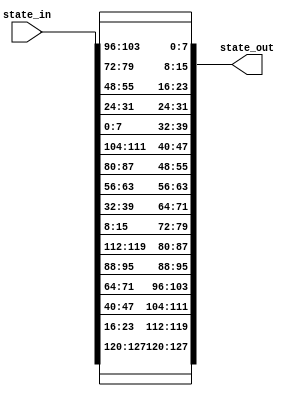
module InvShiftRows(input  [0:127] state_in ,  output  [0:127] state_out );

//first row
assign state_out[0:7] = state_in[0:7];
assign state_out[32:39] = state_in[32:39];
assign state_out[64:71] = state_in[64:71];
assign state_out[96:103] = state_in[96:103];

//second row
assign state_out[8:15] = state_in[104:111];
assign state_out[40:47] = state_in[8:15];
assign state_out[72:79] = state_in[40:47];
assign state_out[104:111] = state_in[72:79];

//third row
assign state_out[16:23] = state_in[80:87];
assign state_out[48:55] = state_in[112:119];
assign state_out[80:87] = state_in[16:23];
assign state_out[112:119] = state_in[48:55];

//forth row
assign state_out[24:31] = state_in[56:63];
assign state_out[56:63] = state_in[88:95];
assign state_out[88:95] = state_in[120:127];
assign state_out[120:127] = state_in[24:31];

endmodule